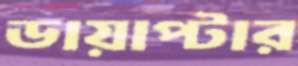
ডায়াপ্টার